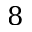
8